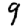
Digit: 9